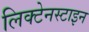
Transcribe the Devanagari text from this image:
लिक्टेनस्टाइन